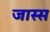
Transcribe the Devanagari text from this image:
जास्स